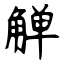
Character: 觯